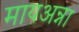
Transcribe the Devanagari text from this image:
मायअन्ना